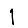
Digit: 1